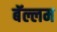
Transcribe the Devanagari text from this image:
बॅल्लम